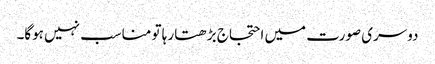
دوسری صورت میں احتجاج بڑھتا رہا تو مناسب نہیں ہوگا۔